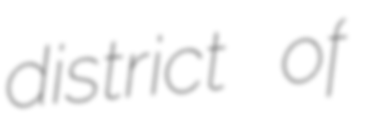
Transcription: district of